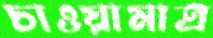
চাওয়ামাত্র